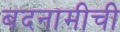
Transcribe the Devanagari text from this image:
बदनामीची